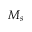
M _ { s }